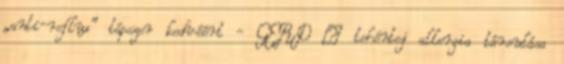
„anti-reflux” tápszer kedvéért - GERD – tehéntej allergia társulása